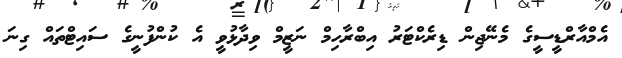
އެމްއާރްޑީސީގެ މެނޭޖިން ޑިރެކްޓަރު އިބްރާހިމް ނަޒީމް ވިދާޅުވީ އެ ކުންފުނީގެ ސައިޓްތައް ގިނަ